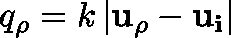
q _ { \rho } = k \left| \mathbf { u _ { \rho } } - \mathbf { u _ { i } } \right|